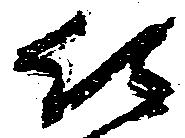
に